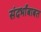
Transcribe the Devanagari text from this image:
संदर्भांबाबत